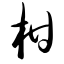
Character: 柑